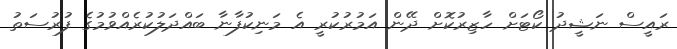
ރައީސް ނަޝީދު ކޯޓަށް ހާޒިރުކޮށް ދޭން އަމުރުކުރީ އެ މަނިކުފާނާ ބައްދަލުކުރެއްވުމުގެ ފުރުސަތު